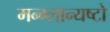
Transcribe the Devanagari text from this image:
मन्ग्लान्यष्टो